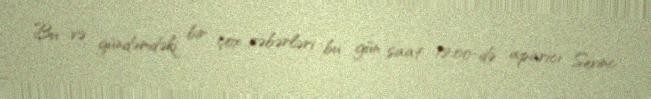
Bu və gündəmdəki bir çox xəbərləri bu gün saat 12.00-də aparıcı Sevinc